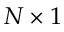
N \times 1